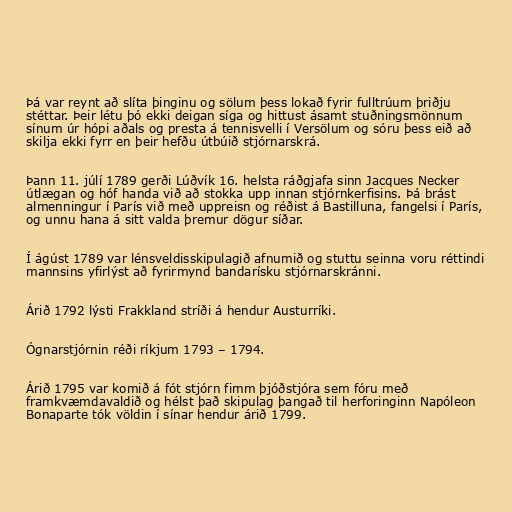
Þá var reynt að slíta þinginu og sölum þess lokað fyrir fulltrúum þriðju
stéttar. Þeir létu þó ekki deigan síga og hittust ásamt stuðningsmönnum
sínum úr hópi aðals og presta á tennisvelli í Versölum og sóru þess eið að
skilja ekki fyrr en þeir hefðu útbúið stjórnarskrá.

Þann 11. júlí 1789 gerði Lúðvík 16. helsta ráðgjafa sinn Jacques Necker
útlægan og hóf handa við að stokka upp innan stjórnkerfisins. Þá brást
almenningur í París við með uppreisn og réðist á Bastilluna, fangelsi í París,
og unnu hana á sitt valda þremur dögur síðar.

Í ágúst 1789 var lénsveldisskipulagið afnumið og stuttu seinna voru réttindi
mannsins yfirlýst að fyrirmynd bandarísku stjórnarskránni.

Árið 1792 lýsti Frakkland stríði á hendur Austurríki.

Ógnarstjórnin réði ríkjum 1793 – 1794.

Árið 1795 var komið á fót stjórn fimm þjóðstjóra sem fóru með
framkvæmdavaldið og hélst það skipulag þangað til herforinginn Napóleon
Bonaparte tók völdin í sínar hendur árið 1799.